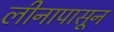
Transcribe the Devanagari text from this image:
लीनापासून